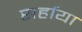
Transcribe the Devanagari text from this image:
सर्हाया